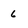
Character: 6